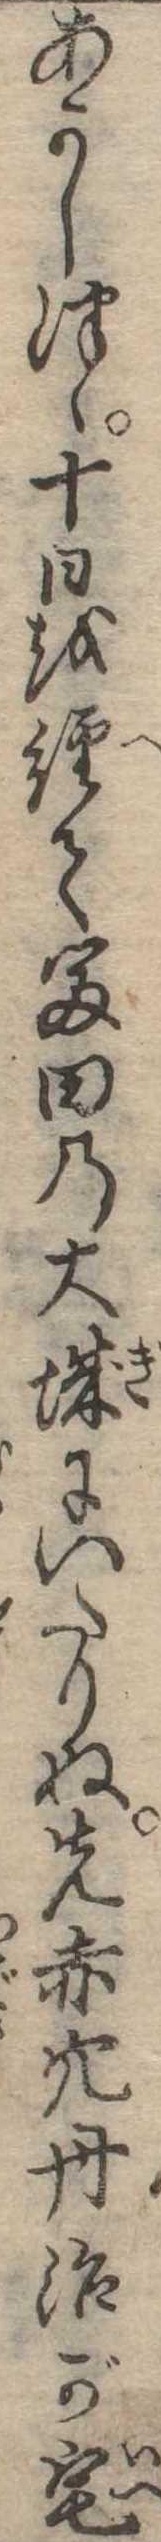
あかしつゝ十日を経て富田の大城にいたりぬ先赤穴丹治が宅